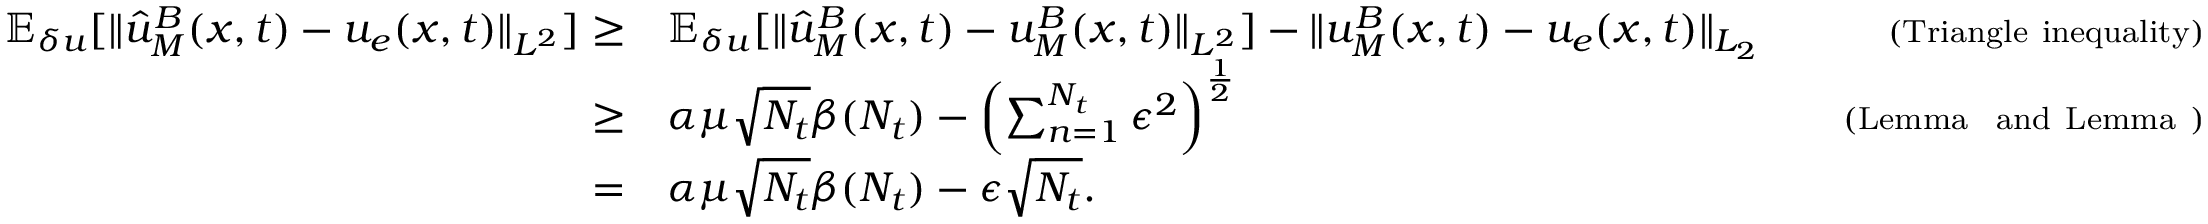
\begin{array} { r l r } { \mathbb { E } _ { \delta u } [ \| \hat { u } _ { M } ^ { B } ( \boldsymbol { x } , t ) - u _ { e } ( \boldsymbol { x } , t ) \| _ { L ^ { 2 } } ] \ge } & { \mathbb { E } _ { \delta u } [ \| \hat { u } _ { M } ^ { B } ( \boldsymbol { x } , t ) - u _ { M } ^ { B } ( \boldsymbol { x } , t ) \| _ { L ^ { 2 } } ] - \| u _ { M } ^ { B } ( \boldsymbol { x } , t ) - u _ { e } ( \boldsymbol { x } , t ) \| _ { L _ { 2 } } } & { \quad { \scriptstyle ( \mathrm { T r i a n g l e ~ i n e q u a l i t y } ) } } \\ { \ge } & { \alpha \mu \sqrt { N _ { t } } \beta ( N _ { t } ) - \left( \sum _ { n = 1 } ^ { N _ { t } } \epsilon ^ { 2 } \right) ^ { \frac { 1 } { 2 } } } & { \quad { \scriptstyle ( \mathrm { L e m m a ~ ~ a n d ~ L e m m a ~ } ) } } \\ { = } & { \alpha \mu \sqrt { N _ { t } } \beta ( N _ { t } ) - \epsilon \sqrt { N _ { t } } . } & \end{array}